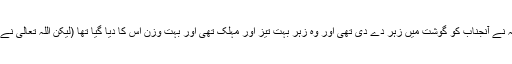
(4) چوتھا وہ موقع تھا جبکہ ایک یہودیہ نے آنجناب کو گوشت میں زہر دے دی تھی اور وہ زہر بہت تیز اور مہلک تھی اور بہت وزن اس کا دیا گیا تھا (لیکن اللہ تعالیٰ نے آنحضرتﷺ کو اس سے محفوظ رکھا)۔